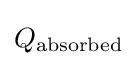
Q_{\mathrm {absorbed} }